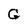
Character: G